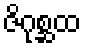
ဇိဂုစ္ဆထ